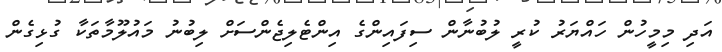
އަދި މިމީހުން ހައްޔަރު ކުރީ ލުބުނާން ސިފައިންގެ އިންޓެލިޖެންސަށް ލިބުނު މައުލޫމާތަކާ ގުޅިގެން